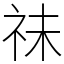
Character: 祙